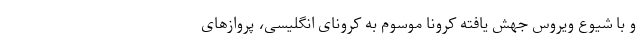
و با شیوع ویروس جهش یافته کرونا موسوم به کرونای انگلیسی، پروازهای